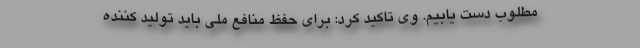
مطلوب دست یابیم. وی تاکید کرد: برای حفظ منافع ملی باید تولید کننده